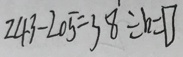
2 4 3 - 2 0 5 = 3 8 \div b = \square